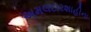
અમલદારશાહીના